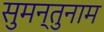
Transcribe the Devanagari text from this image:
सुमन्तुनाम